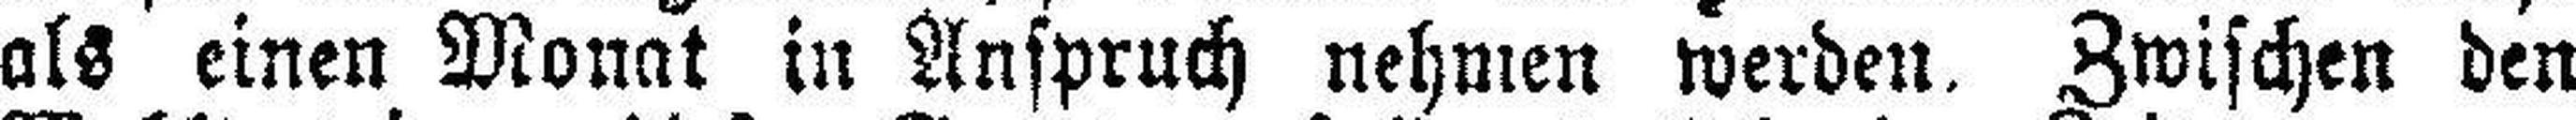
als einen Monat in Anspruch nehmen werden. Zwischen den